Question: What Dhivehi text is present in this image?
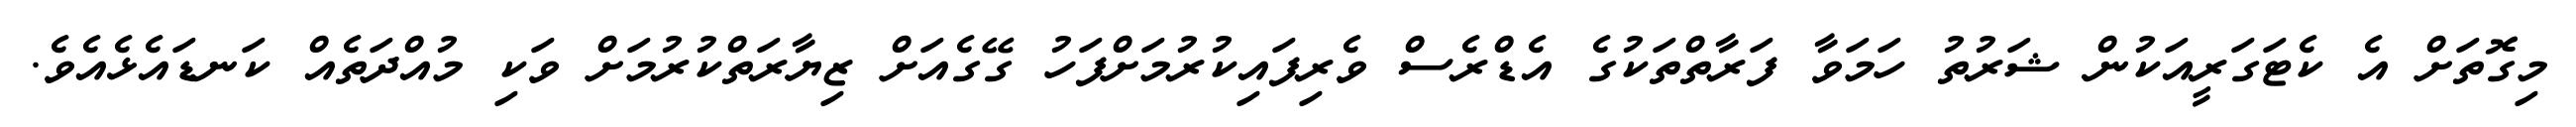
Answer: މިގޮތަށް އެ ކެޓަގަރީއަކުން ޝަރުތު ހަމަވާ ފަރާތްތަކުގެ އެޑްރެސް ވެރިފައިކުރުމަށްފަހު ގޭގެއަށް ޒިޔާރަތްކުރުމަށް ވަކި މުއްދަތެއް ކަނޑައެޅެއެވެ.